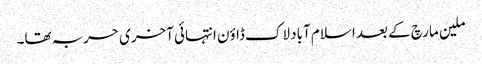
ملین مارچ کے بعد اسلام آباد لاک ڈاؤن انتہائی آخری حربہ تھا۔